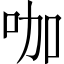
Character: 咖